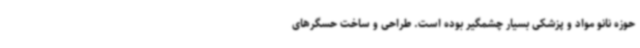
حوزه نانو مواد و پزشکی بسیار چشمگیر بوده است. طراحی و ساخت حسگرهای